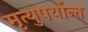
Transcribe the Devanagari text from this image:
मृत्युपर्यान्त